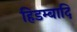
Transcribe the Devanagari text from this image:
हिडम्बादि